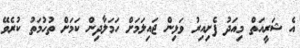
އެ ޝަރީއަތް މިއަދު ފެށިއިރު ވަޅިން ޖައިލަމަށް ހަމަލާދިން ކަމަށް ތުހުމަތު ކުރެވޭ